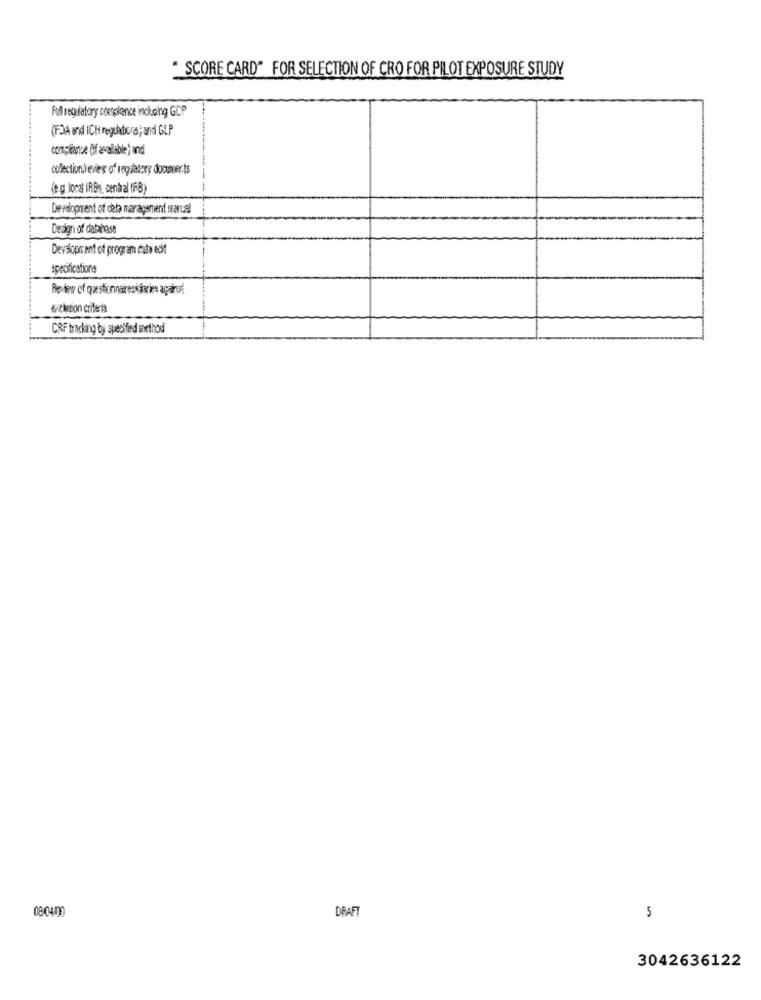
" SCORE CARD" FOR SELECTION OF CRO FOR PILOT EXPOSURE STUDY
Fod regulatory costglance including GCP
(F) and ICli regulators; and GLP
compliance (If available ) and
collectionlevies of regulatory documents
(og local IRBs, central (FB)
Developrent of deta maragement sansal
Design of database
Development of program cuba est
specifications
exclusion criteria
CRF tracking by specified method
08:0400
DRAF
5
3042636122